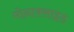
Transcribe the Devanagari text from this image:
मोनाक्साइड